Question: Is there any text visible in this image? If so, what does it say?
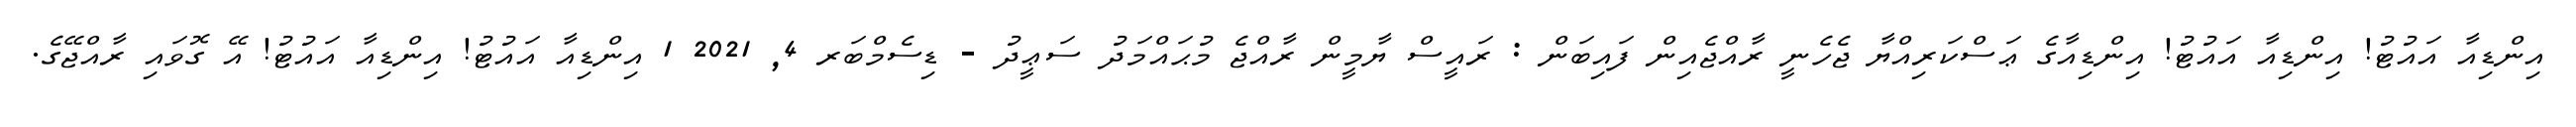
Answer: އިންޑިއާ އައުޓު! އިންޑިއާ އައުޓު! އިންޑިއާގެ ޢަސްކަރިއްޔާ ޖެހެނީ ރާއްޖެއިން ފައިބަން : ރައީސް ޔާމީން ރާއްޖެ މުޙައްމަދު ސަޢީދު - ޑިސެމްބަރ 4, 2021 1 އިންޑިއާ އައުޓު! އިންޑިއާ އައުޓު! އޭ ގޮވައި ރާއްޖޭގެ.